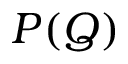
P ( Q )